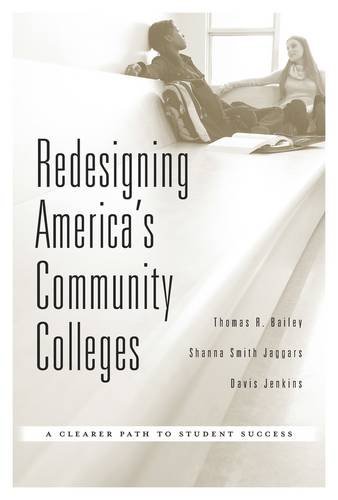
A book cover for Redesigning America's Community Colleges: A Clearer Path to Student Success; Thomas R. Bailey; Education & Teaching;